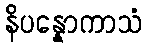
နိပန္နောကာသံ